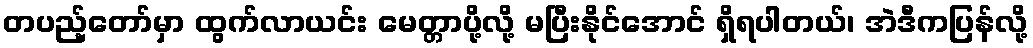
တပည့်တော်မှာ ထွက်လာယင်း မေတ္တာပို့လို့ မပြီးနိုင်အောင် ရှိရပါတယ်၊ အဲဒီကပြန်လို့